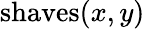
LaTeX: {\mathrm{shaves}}(x,y)